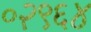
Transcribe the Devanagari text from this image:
०२९६४